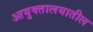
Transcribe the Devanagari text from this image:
आयुक्तालयातील